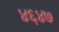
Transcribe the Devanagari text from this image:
४६४७